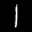
Label: 1